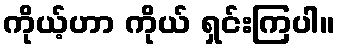
ကိုယ့်ဟာ ကိုယ် ရှင်းကြပါ။